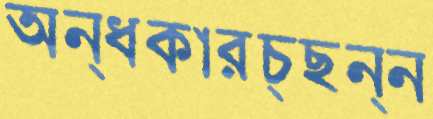
অন্ধকারচ্ছন্ন